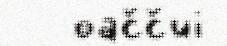
oaččui